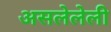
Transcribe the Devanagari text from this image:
असलेलेली